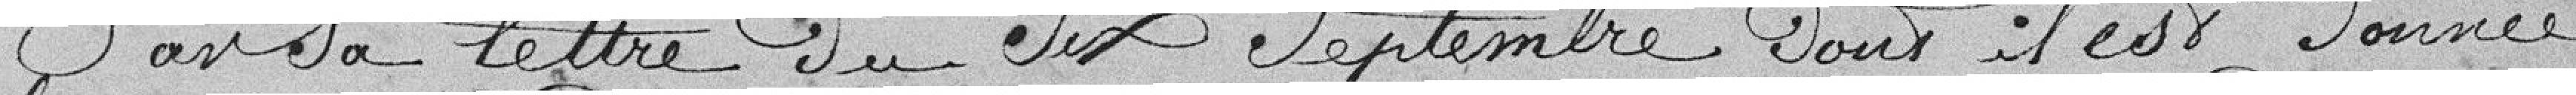
Par sa lettre du Six Septembre Dont il est donné